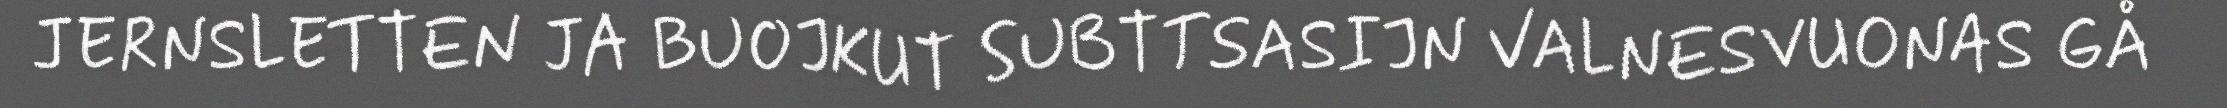
JERNSLETTEN JA BUOJKUT SUBTTSASIJN VALNESVUONAS GÅ